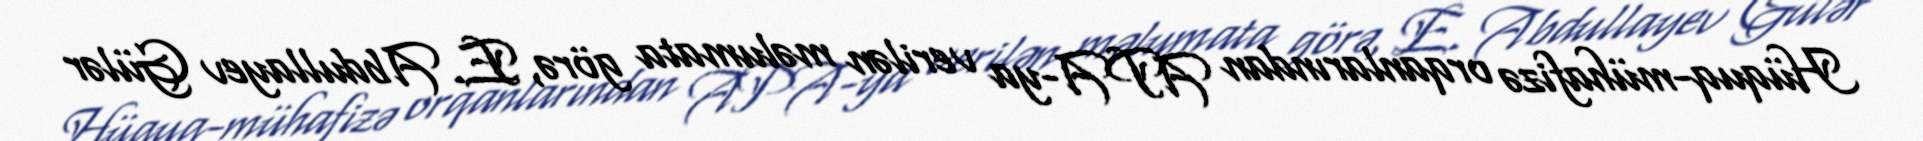
Hüquq-mühafizə orqanlarından APA-ya verilən məlumata görə, E. Abdullayev Gülər